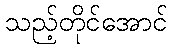
သည့်တိုင်အောင်